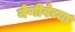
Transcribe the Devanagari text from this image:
नेणीवेच्या